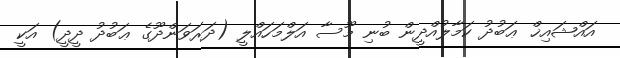
އައްޝައިޚް ޢަބުދު ކަމާލުއްދީން ބުނި މޫސާ އަލްމަހައްލީ (ދަރަވަންދޫގެ ޢަބުދު ދީދީ) އަކީ